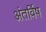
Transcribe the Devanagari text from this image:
अंतर्विष